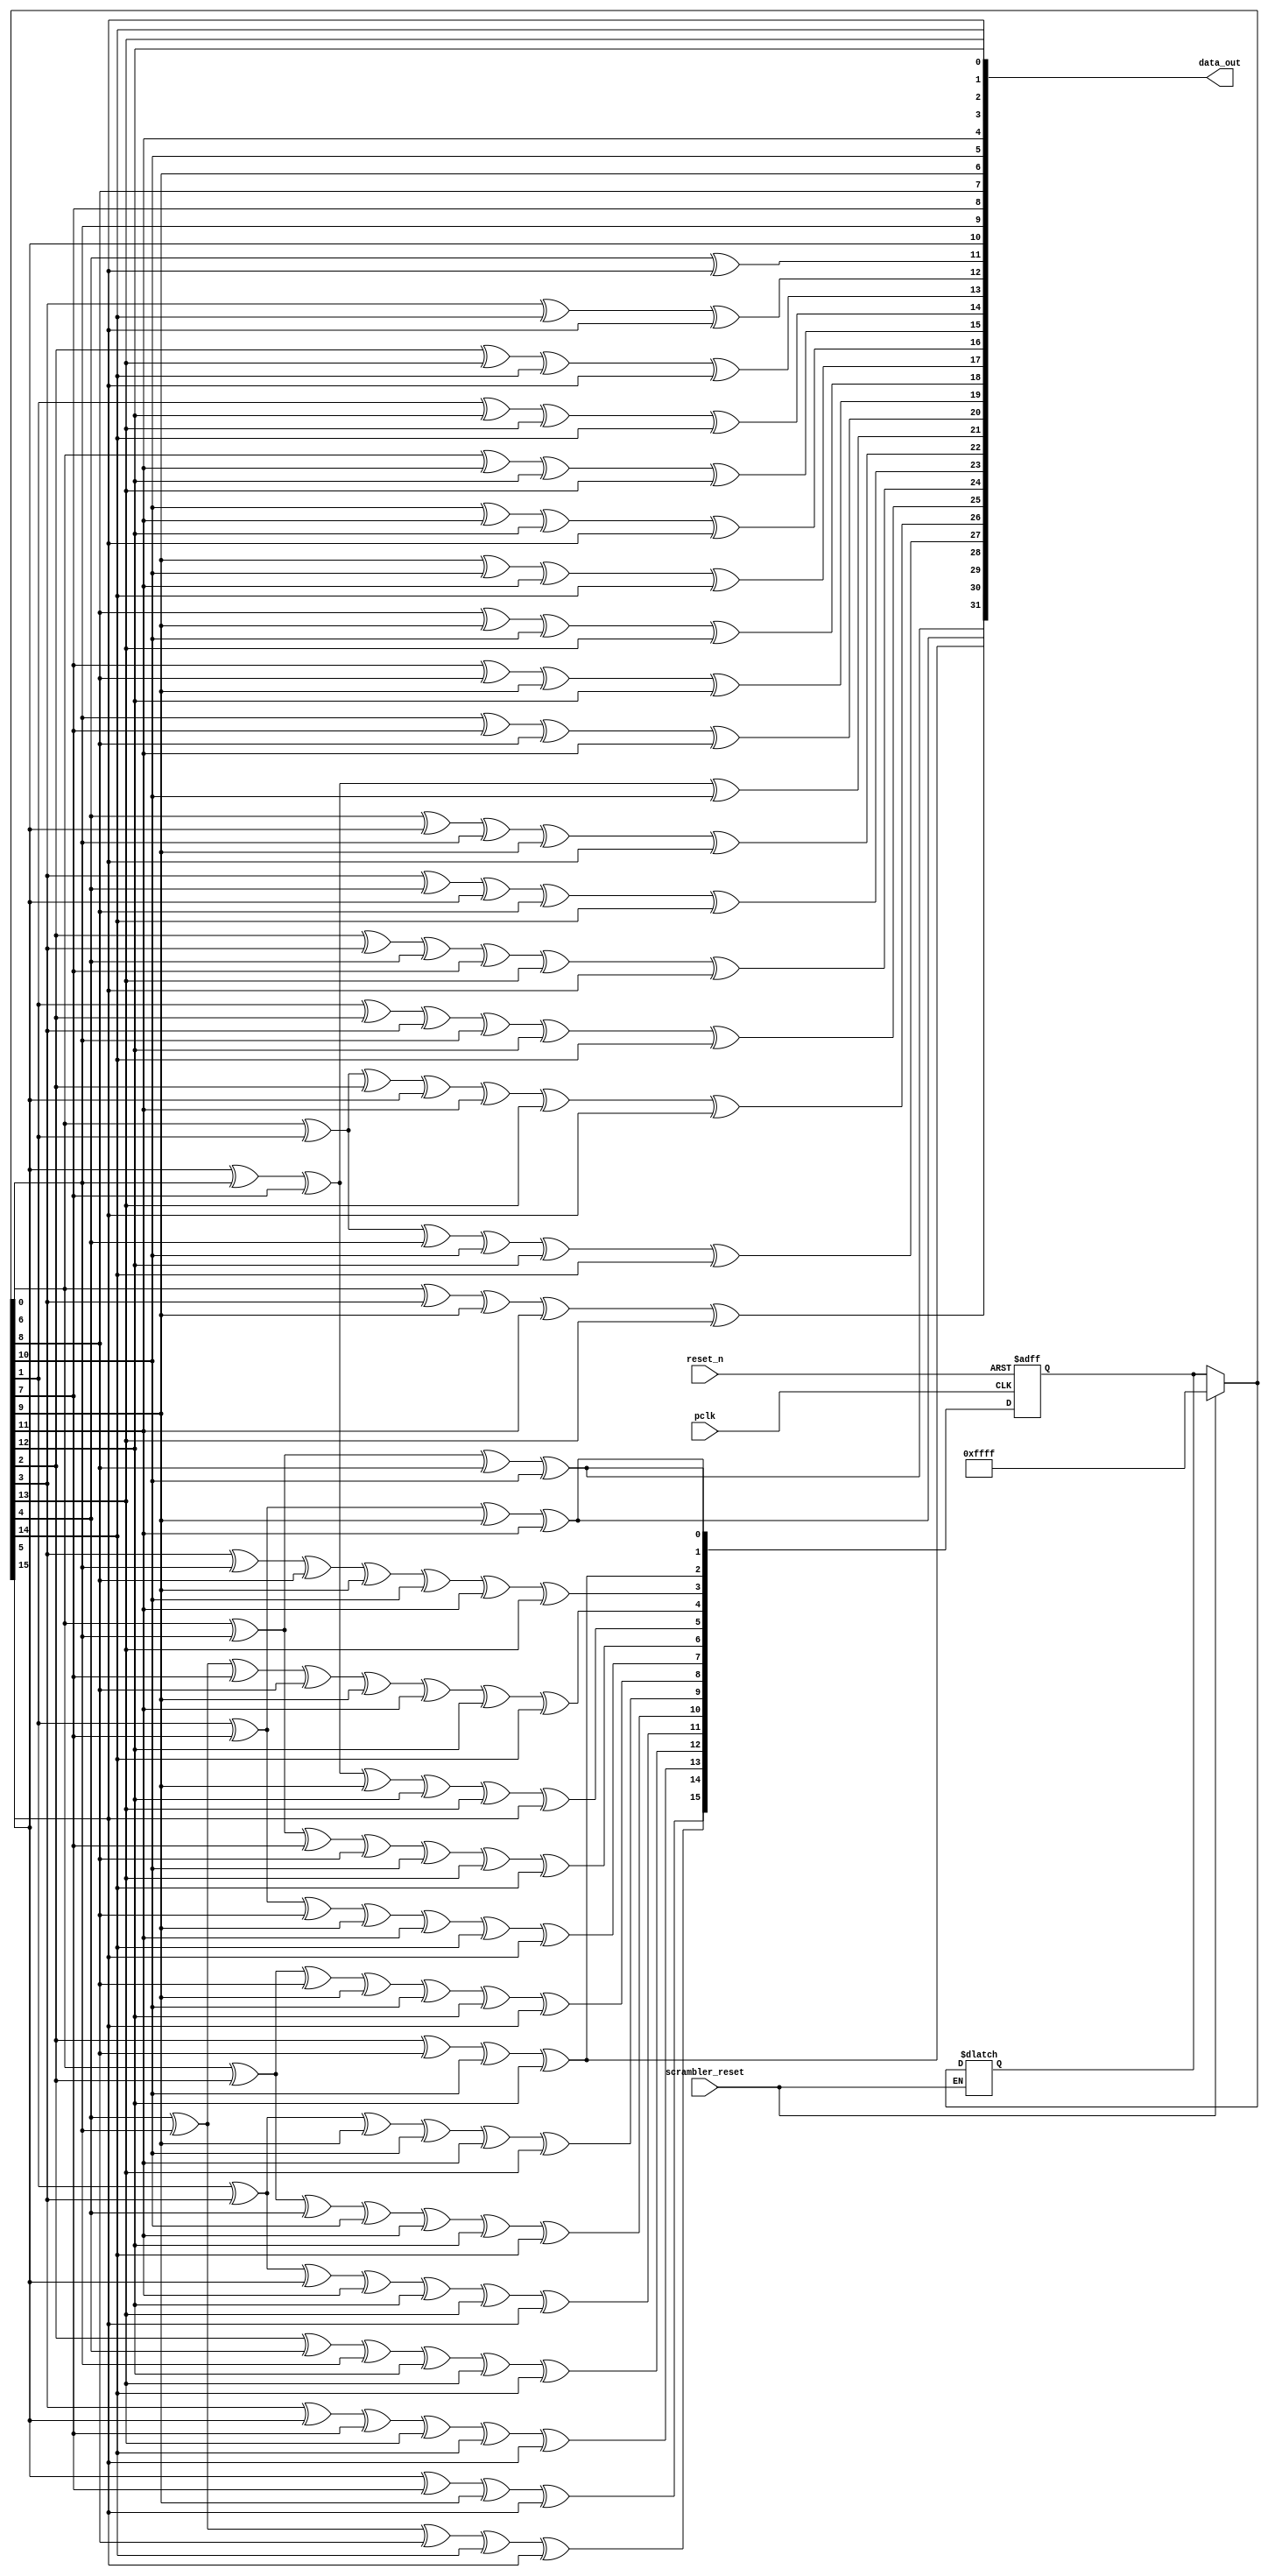
module LFSR_32(scrambler_reset, reset_n, pclk, data_out);

  input scrambler_reset, reset_n, pclk;
  
  output wire [31:0] data_out;

  reg [15:0] lfsr_q, lfsr_c;
  reg [31:0] data_c;

  always @(*) begin
  
	if(scrambler_reset)
		lfsr_q = 16'hFFFF;

    lfsr_c[0]  = lfsr_q[0] ^ lfsr_q[6] ^ lfsr_q[ 8] ^ lfsr_q[10];
    lfsr_c[1]  = lfsr_q[1] ^ lfsr_q[7] ^ lfsr_q[ 9] ^ lfsr_q[11];
    lfsr_c[2]  = lfsr_q[2] ^ lfsr_q[8] ^ lfsr_q[10] ^ lfsr_q[12];
    lfsr_c[3]  = lfsr_q[3] ^ lfsr_q[6] ^ lfsr_q[ 8] ^ lfsr_q[ 9] ^ lfsr_q[10] ^ lfsr_q[11] ^ lfsr_q[13];
    lfsr_c[4]  = lfsr_q[4] ^ lfsr_q[6] ^ lfsr_q[ 7] ^ lfsr_q[ 8] ^ lfsr_q[ 9] ^ lfsr_q[11] ^ lfsr_q[12] ^ lfsr_q[14];
    lfsr_c[5]  = lfsr_q[5] ^ lfsr_q[6] ^ lfsr_q[ 7] ^ lfsr_q[ 9] ^ lfsr_q[12] ^ lfsr_q[13] ^ lfsr_q[15];
    lfsr_c[6]  = lfsr_q[0] ^ lfsr_q[6] ^ lfsr_q[ 7] ^ lfsr_q[ 8] ^ lfsr_q[10] ^ lfsr_q[13] ^ lfsr_q[14];
    lfsr_c[7]  = lfsr_q[1] ^ lfsr_q[7] ^ lfsr_q[ 8] ^ lfsr_q[ 9] ^ lfsr_q[11] ^ lfsr_q[14] ^ lfsr_q[15];
    lfsr_c[8]  = lfsr_q[0] ^ lfsr_q[2] ^ lfsr_q[ 8] ^ lfsr_q[ 9] ^ lfsr_q[10] ^ lfsr_q[12] ^ lfsr_q[15];
    lfsr_c[9]  = lfsr_q[1] ^ lfsr_q[3] ^ lfsr_q[ 9] ^ lfsr_q[10] ^ lfsr_q[11] ^ lfsr_q[13];
    lfsr_c[10] = lfsr_q[0] ^ lfsr_q[2] ^ lfsr_q[ 4] ^ lfsr_q[10] ^ lfsr_q[11] ^ lfsr_q[12] ^ lfsr_q[14];
    lfsr_c[11] = lfsr_q[1] ^ lfsr_q[3] ^ lfsr_q[ 5] ^ lfsr_q[11] ^ lfsr_q[12] ^ lfsr_q[13] ^ lfsr_q[15];
    lfsr_c[12] = lfsr_q[2] ^ lfsr_q[4] ^ lfsr_q[ 6] ^ lfsr_q[12] ^ lfsr_q[13] ^ lfsr_q[14];
    lfsr_c[13] = lfsr_q[3] ^ lfsr_q[5] ^ lfsr_q[ 7] ^ lfsr_q[13] ^ lfsr_q[14] ^ lfsr_q[15];
    lfsr_c[14] = lfsr_q[4] ^ lfsr_q[6] ^ lfsr_q[ 8] ^ lfsr_q[14] ^ lfsr_q[15];
    lfsr_c[15] = lfsr_q[5] ^ lfsr_q[7] ^ lfsr_q[ 9] ^ lfsr_q[15];


    data_c[0]  = lfsr_q[15];
    data_c[1]  = lfsr_q[14];
    data_c[2]  = lfsr_q[13];
    data_c[3]  = lfsr_q[12];
    data_c[4]  = lfsr_q[11];
    data_c[5]  = lfsr_q[10];
    data_c[6]  = lfsr_q[ 9];
    data_c[7]  = lfsr_q[ 8];
    data_c[8]  = lfsr_q[ 7];
    data_c[9]  = lfsr_q[ 6];
    data_c[10] = lfsr_q[ 5];
    data_c[11] = lfsr_q[ 4] ^ lfsr_q[15];
    data_c[12] = lfsr_q[ 3] ^ lfsr_q[14] ^ lfsr_q[15];
    data_c[13] = lfsr_q[ 2] ^ lfsr_q[13] ^ lfsr_q[14] ^ lfsr_q[15];
    data_c[14] = lfsr_q[ 1] ^ lfsr_q[12] ^ lfsr_q[13] ^ lfsr_q[14];
    data_c[15] = lfsr_q[ 0] ^ lfsr_q[11] ^ lfsr_q[12] ^ lfsr_q[13];
    data_c[16] = lfsr_q[10] ^ lfsr_q[11] ^ lfsr_q[12] ^ lfsr_q[15];
    data_c[17] = lfsr_q[ 9] ^ lfsr_q[10] ^ lfsr_q[11] ^ lfsr_q[14];
    data_c[18] = lfsr_q[ 8] ^ lfsr_q[ 9] ^ lfsr_q[10] ^ lfsr_q[13];
    data_c[19] = lfsr_q[ 7] ^ lfsr_q[ 8] ^ lfsr_q[ 9] ^ lfsr_q[12];
    data_c[20] = lfsr_q[ 6] ^ lfsr_q[ 7] ^ lfsr_q[ 8] ^ lfsr_q[11];
    data_c[21] = lfsr_q[ 5] ^ lfsr_q[ 6] ^ lfsr_q[ 7] ^ lfsr_q[10];
    data_c[22] = lfsr_q[ 4] ^ lfsr_q[ 5] ^ lfsr_q[ 6] ^ lfsr_q[ 9] ^ lfsr_q[15];
    data_c[23] = lfsr_q[ 3] ^ lfsr_q[ 4] ^ lfsr_q[ 5] ^ lfsr_q[ 8] ^ lfsr_q[14];
    data_c[24] = lfsr_q[ 2] ^ lfsr_q[ 3] ^ lfsr_q[ 4] ^ lfsr_q[ 7] ^ lfsr_q[13] ^ lfsr_q[15];
    data_c[25] = lfsr_q[ 1] ^ lfsr_q[ 2] ^ lfsr_q[ 3] ^ lfsr_q[ 6] ^ lfsr_q[12] ^ lfsr_q[14];
    data_c[26] = lfsr_q[ 0] ^ lfsr_q[ 1] ^ lfsr_q[ 2] ^ lfsr_q[ 5] ^ lfsr_q[11] ^ lfsr_q[13] ^ lfsr_q[15];
    data_c[27] = lfsr_q[ 0] ^ lfsr_q[ 1] ^ lfsr_q[ 4] ^ lfsr_q[10] ^ lfsr_q[12] ^ lfsr_q[14];
    data_c[28] = lfsr_q[ 0] ^ lfsr_q[ 3] ^ lfsr_q[ 9] ^ lfsr_q[11] ^ lfsr_q[13];
    data_c[29] = lfsr_q[ 2] ^ lfsr_q[ 8] ^ lfsr_q[10] ^ lfsr_q[12];
    data_c[30] = lfsr_q[ 1] ^ lfsr_q[ 7] ^ lfsr_q[ 9] ^ lfsr_q[11];
    data_c[31] = lfsr_q[ 0] ^ lfsr_q[ 6] ^ lfsr_q[ 8] ^ lfsr_q[10];
	
  end

  always @(posedge pclk or negedge reset_n) 
	begin
		if(!reset_n)
			lfsr_q <= 16'hFFFF;
		else
			lfsr_q <= lfsr_c ;
	end

  assign data_out = data_c;

endmodule